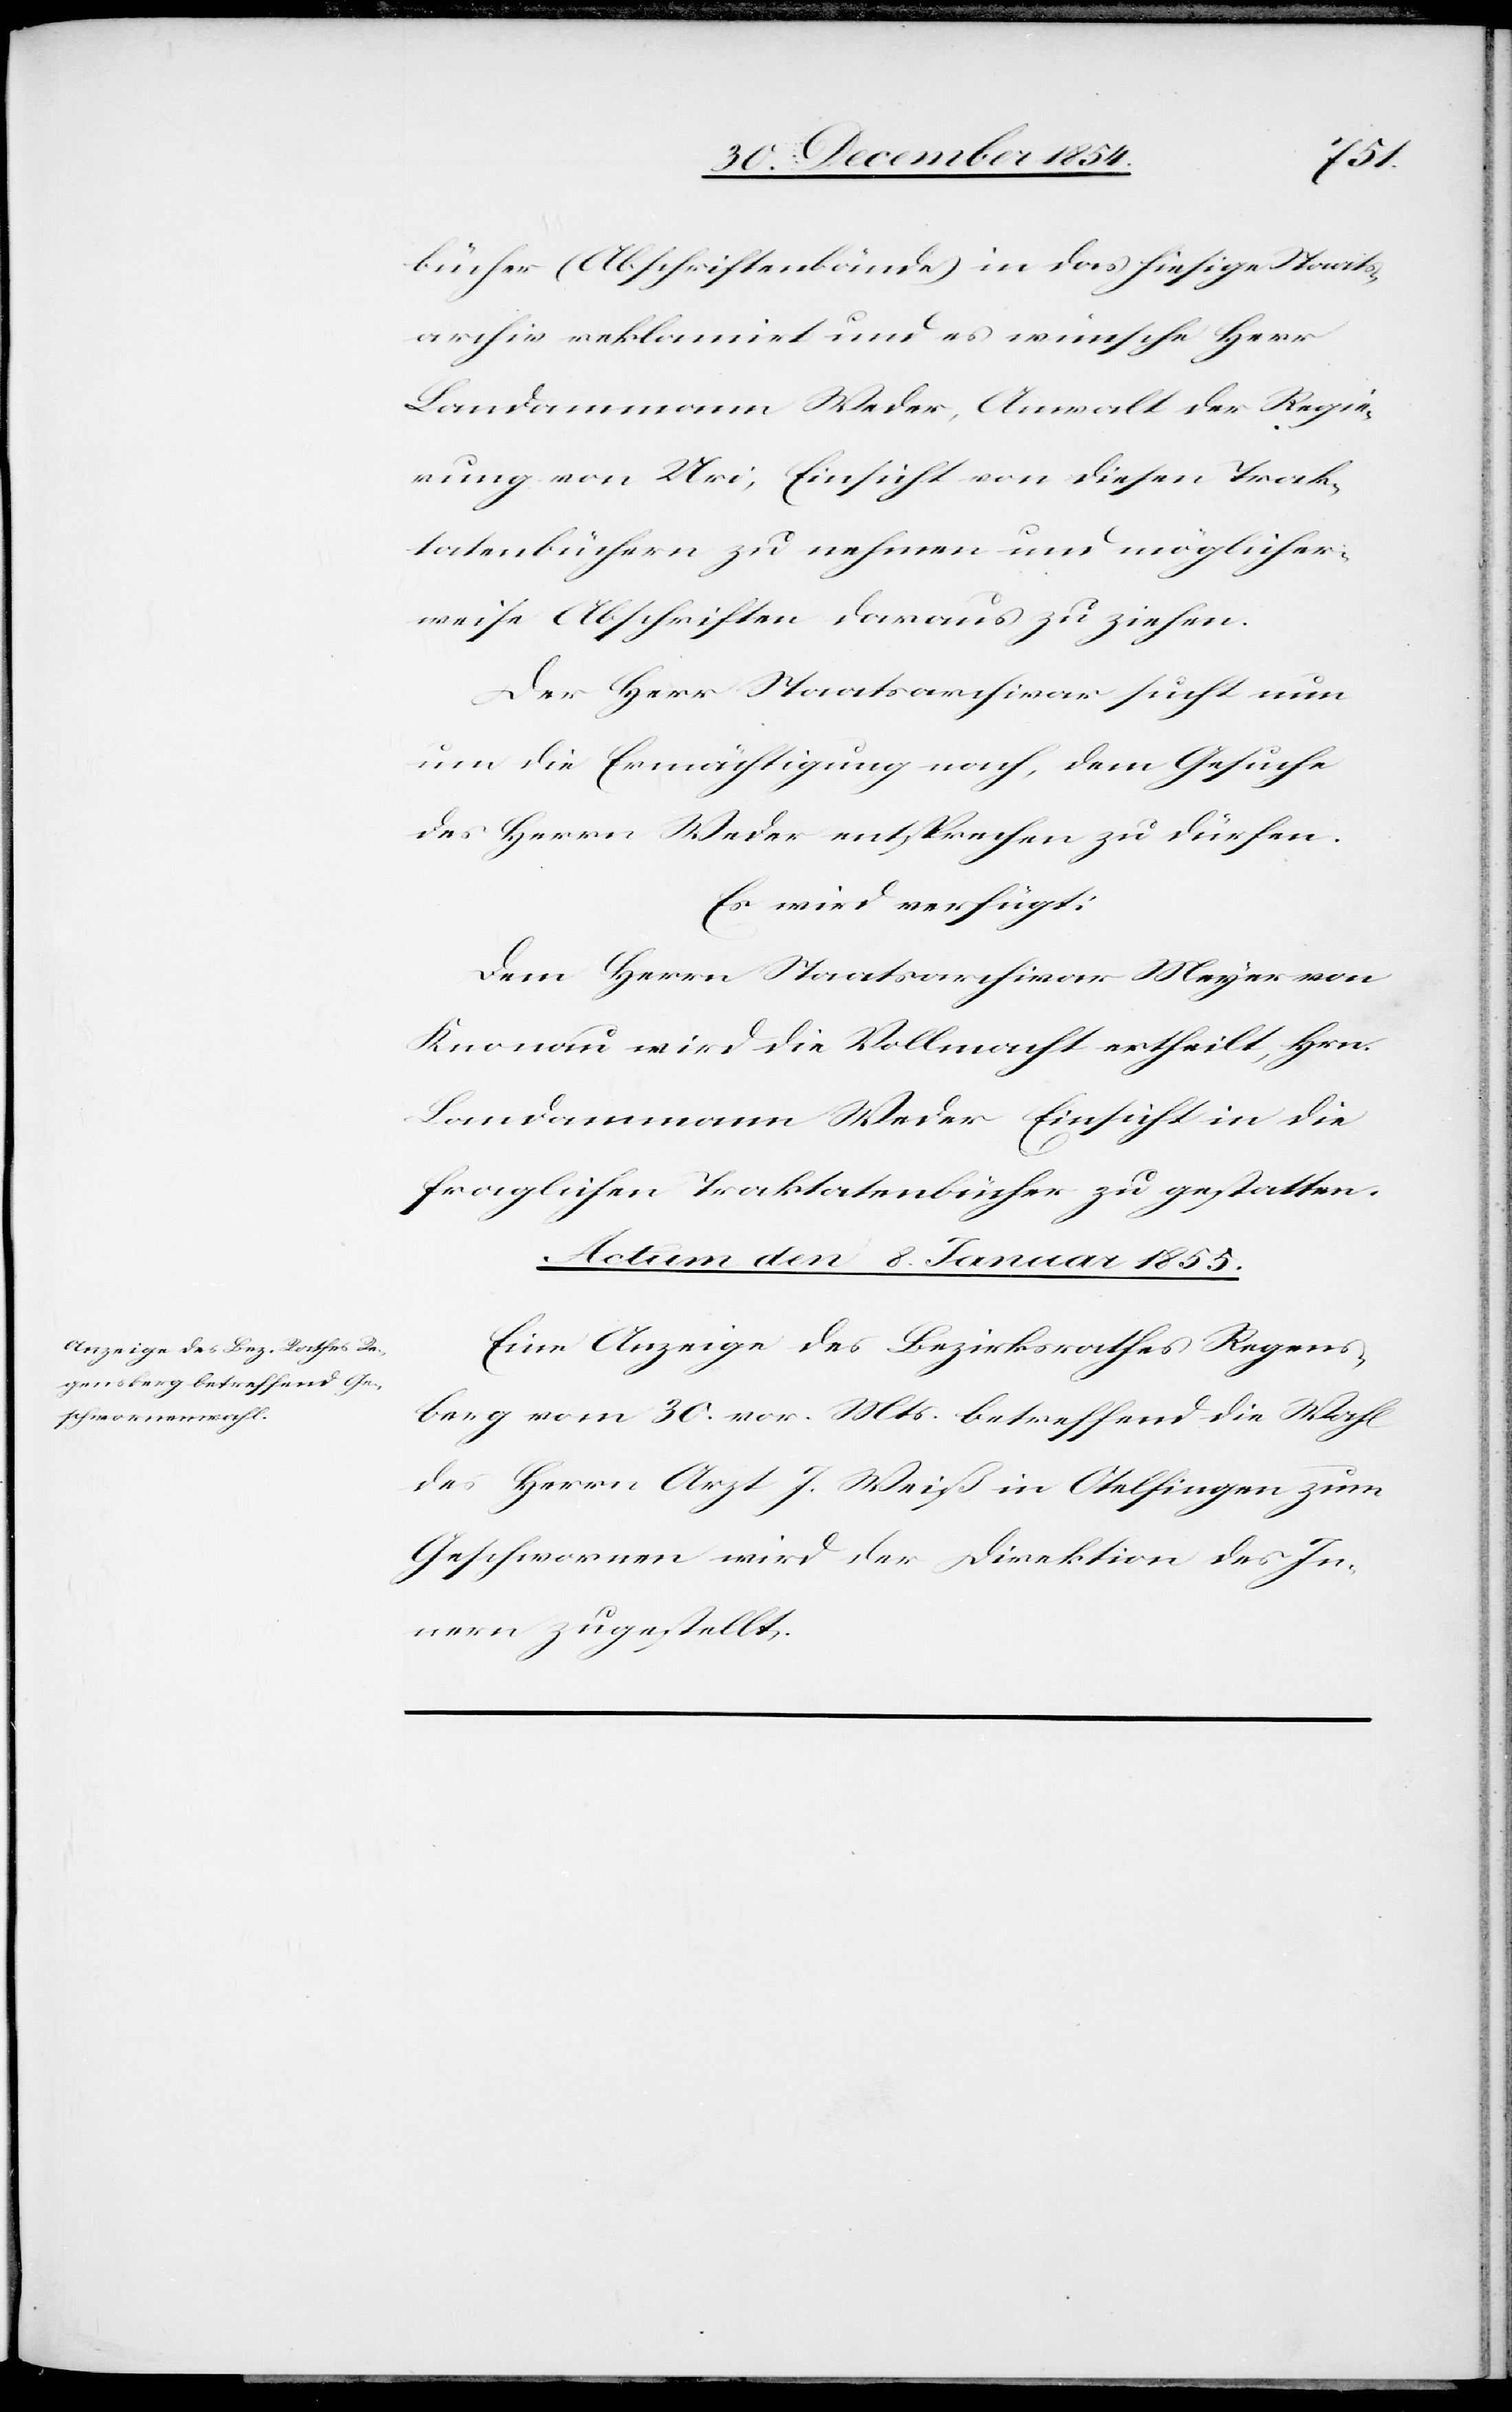
bücher (Abschriftenbände) in das hiesige Staats¬
archiv reklamirt und es wünsche Herr
Landammann Weder, Anwalt der Regie¬
rung von Uri, Einsicht von diesen Trak¬
tatenbücher zu nehmen und möglicher¬
weise Abschriften daraus zu ziehen.
Der Herr Staatsarchivar sucht nun
um die Ermächtigung nach, dem Gesuche
des Herrn Weder entsprechen zu dürfen.
Es wird verfügt:
Dem Herrn Staatsarchivar Meyer von
Knonau wird die Vollmacht ertheilt, Hrn.
Landammann Weder Einsicht in die
fraglichen Traktatenbücher zu gestatten.
Actum den 8. Januar 1855.
Eine Anzeige des Bezirksrathes Regens¬
berg vom 30. vor. Mts. betreffend die Wahl
des Herrn Arzt J. Weiß in Otelfingen zum
Geschwornen wird der Direktion des In¬
nern zugestellt.